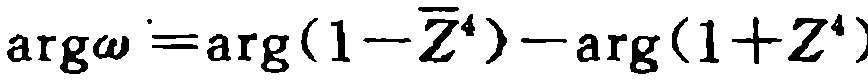
\(\arg\omega =\arg(1-\overline{Z}^{4})-\arg(1+Z^{4})\)